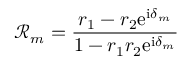
\mathcal { R } _ { m } = \frac { r _ { 1 } - r _ { 2 } \mathrm { e } ^ { \mathrm { i } \delta _ { m } } } { 1 - r _ { 1 } r _ { 2 } \mathrm { e } ^ { \mathrm { i } \delta _ { m } } }